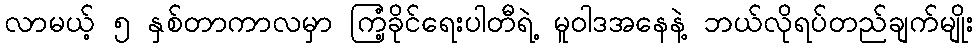
လာမယ့် ၅ နှစ်တာကာလမှာ ကြံ့ခိုင်ရေးပါတီရဲ့ မူဝါဒအနေနဲ့ ဘယ်လိုရပ်တည်ချက်မျိုး